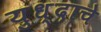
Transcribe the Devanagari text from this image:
युध्दाचे